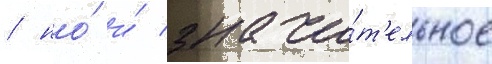
/ но́ и́ значи́т'ельное